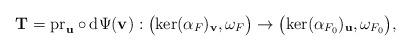
LaTeX: \begin{align*}{\bf T}={\rm pr}_{\bf u}\circ {\rm d}\Psi({\bf v}):\bigl({\rm ker}(\alpha_F)_{\bf v},\omega_F\bigr)\rightarrow\bigl({\rm ker}(\alpha_{F_0})_{\bf u},\omega_{F_0}\bigr),\end{align*}